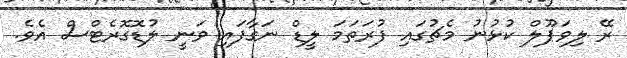
ރޭ ލިވަޕޫލް ކުޅުނު މެޗުގައި ފުރަތަމަ ލީޑް ނަގާފައި ވަނީ ލުޑޮގޮރެޓްސް އެވެ.